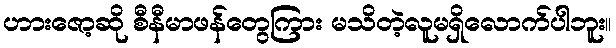
ဟားဇော့ဆို စီနီမာဖန်တွေကြား မသိတဲ့လူမရှိလောက်ပါဘူး။